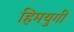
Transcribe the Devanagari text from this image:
हिमयुगी